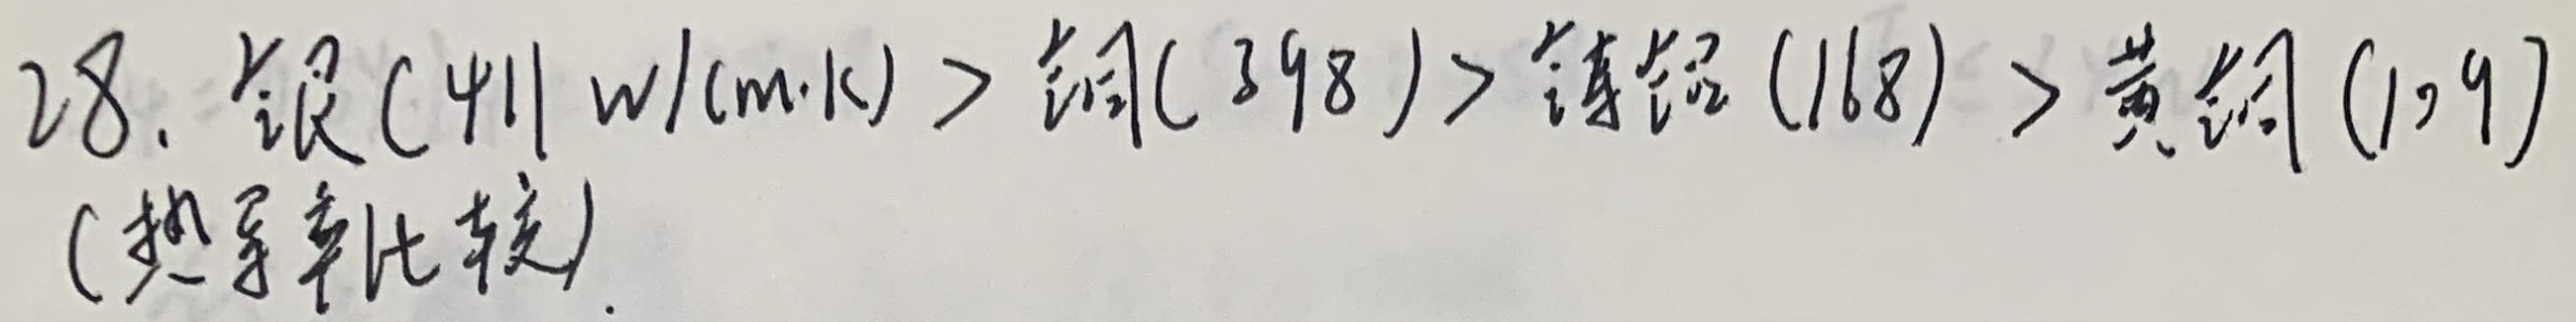
28. 银（$411 \text{ W}/(\text{m}\cdot\text{K})$） > 铜（$398$） > 铸铝（$168$） > 黄铜（$109$）(热导率比较)